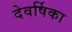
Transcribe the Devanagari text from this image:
देवर्षिका